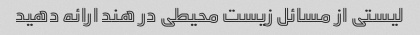
لیستی از مسائل زیست محیطی در هند ارائه دهید